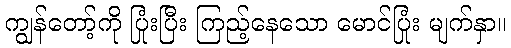
ကျွန်တော့်ကို ပြုံးပြီး ကြည့်နေသော မောင်ပြုံး မျက်နှာ။